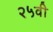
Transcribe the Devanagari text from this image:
२५वी